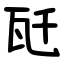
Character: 瓩